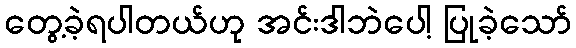
တွေ့ခဲ့ရပါတယ်ဟု အင်းဒါဘဲပေါ့ ပြုခဲ့သော်